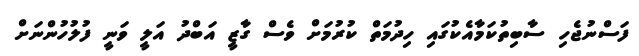
ފަސްނުޖެހި ސާބިތުކަމާއެކުގައި ހިދުމަތް ކުރުމަށް ވެސް ގާޒީ އަބްދު އަލީ ވަނީ ފުލުހުންނަށް